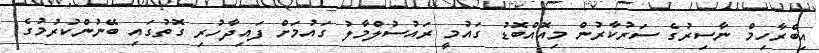
އިބްރާހިމް ނާސިރުގެ ސަރުކާރުން މިއޮއްބޮޑު ގައުމީ ރައުސުލްމާލު ގައުމަށް ފައިދާހުރި ގޮތުގައި ބޭނުންކުރުމުގެ